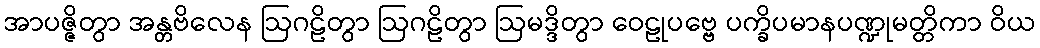
အာပဇ္ဇိတွာ အန္တဗိလေန ဩဂဠိတွာ ဩဂဠိတွာ ဩမဒ္ဒိတွာ ဝေဠုပဗ္ဗေ ပက္ခိပမာနပဏ္ဍုမတ္တိကာ ဝိယ